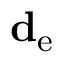
\mathbf { d } _ { \mathrm { { e } } }